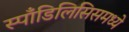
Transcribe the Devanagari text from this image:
स्पाँडिलिसिसमध्ये